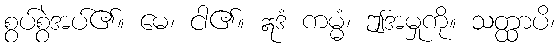
စွပ်စွဲအပ်၏။ မေ၊ ငါ၏။ ဣဒံ ကမ္မံ၊ ဤအမှုကို။ သတ္ထာပိ၊